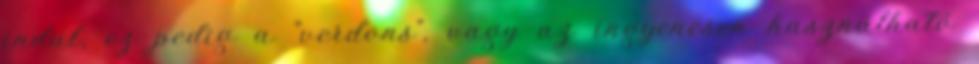
indul, ez pedig a "verdons", vagy az ingyenesen használható